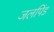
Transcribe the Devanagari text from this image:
जलपिंड